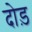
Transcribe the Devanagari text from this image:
दोड़